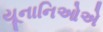
યૂનાનિઓએ